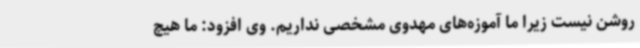
روشن نیست زیرا ما آموزه‌های مهدوی مشخصی نداریم. وی افزود: ما هیچ